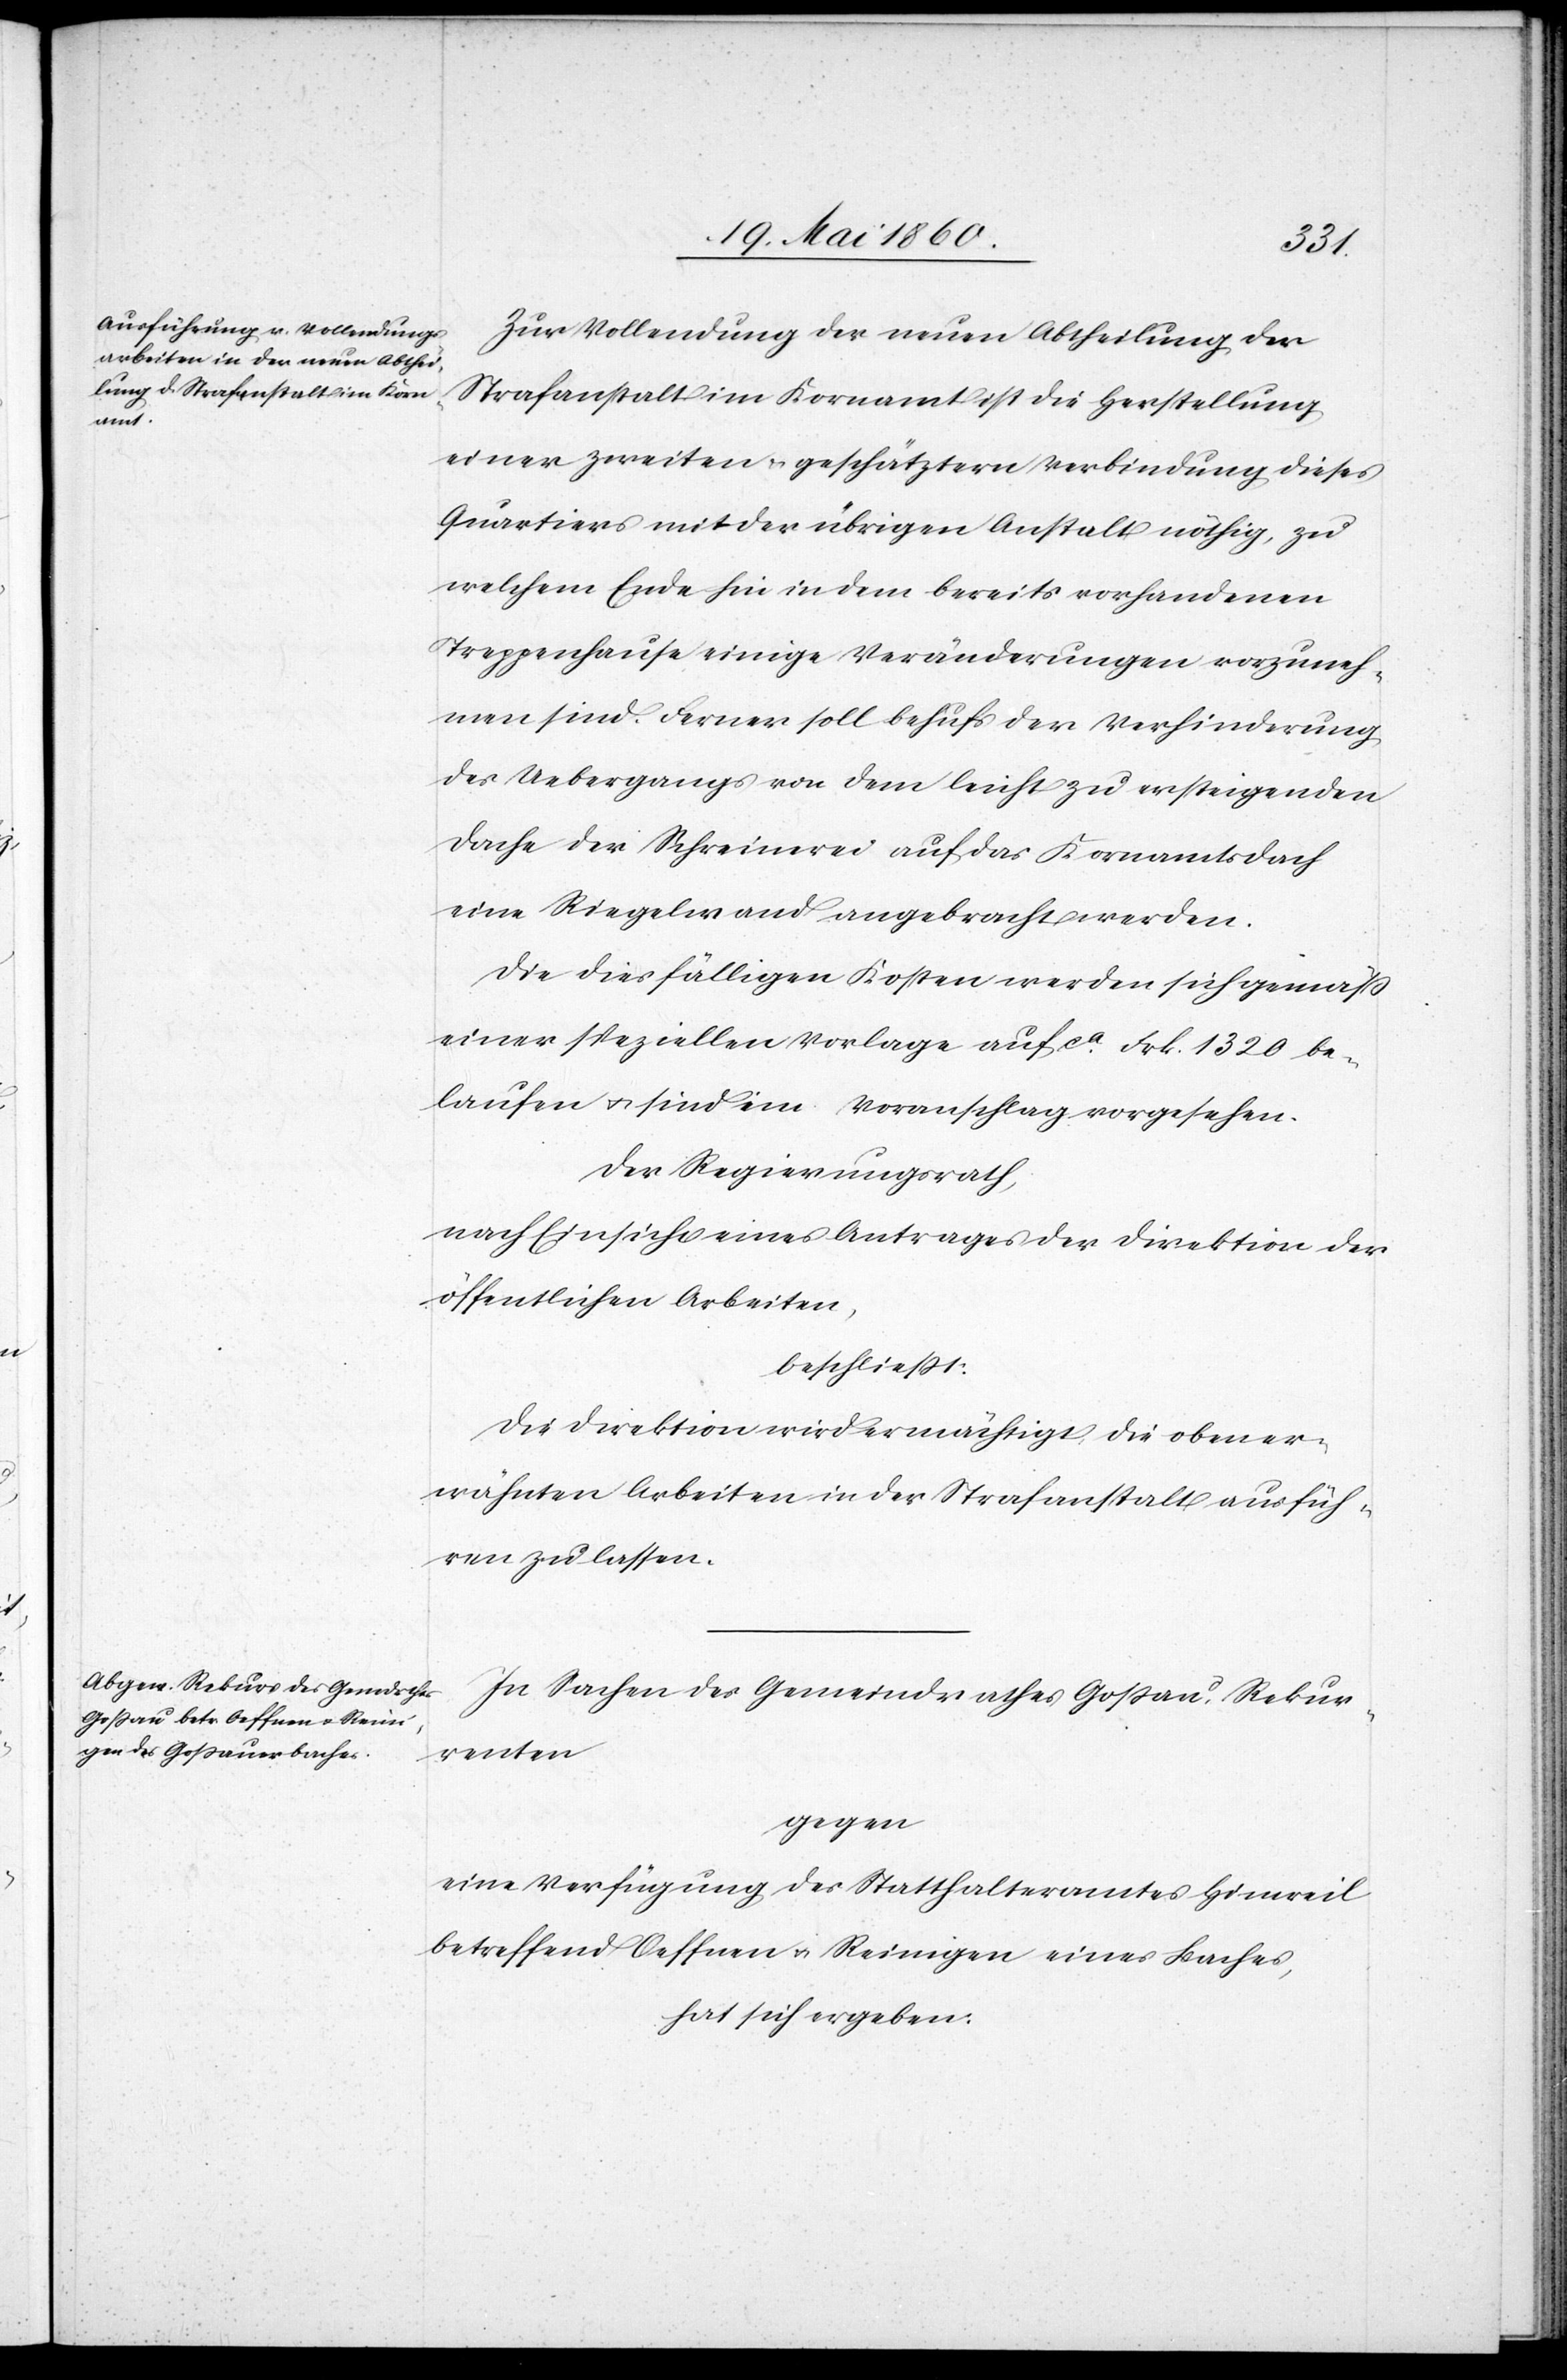
Zur Vollendung der neuen Abtheilung der
Strafanstalt im Kornamt ist die Herstellung
einer zweiten u. geschätztern Verbindung dieses
Quartiers mit der übrigen Anstalt nöthig, zu
welchem Ende hin in dem bereits vorhandenen
Treppenhause einige Veränderungen vorzuneh¬
men sind. Ferner soll behufs der Verhinderung
des Uebergangs von dem leicht zu ersteigenden
Dache der Schreinerei auf das Kornamtsdach
eine Riegelwand angebracht werden.
Die diesfälligen Kosten werden sich gemäss
einer speziellen Vorlage auf ca Frk. 320 be¬
laufen u. sind im Voranschlag vorgesehen.
Der Regierungsrath,
nach Einsicht eines Antrages der Direktion der
öffentlichen Arbeiten,
beschliesst:
Die Direktion wird ermächtigt, die oben er¬
wähnten Arbeiten in der Strafanstalt ausfüh¬
ren zu lassen.
In Sachen des Gemeindrathes Gossau, Rekur¬
renten
gegen
eine Verfügung des Statthalteramtes Hinweil
betreffend Oeffnen u. Reinigen eines Baches,
hat sich ergeben: